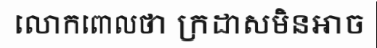
លោកពោលថា ក្រដាសមិនអាច